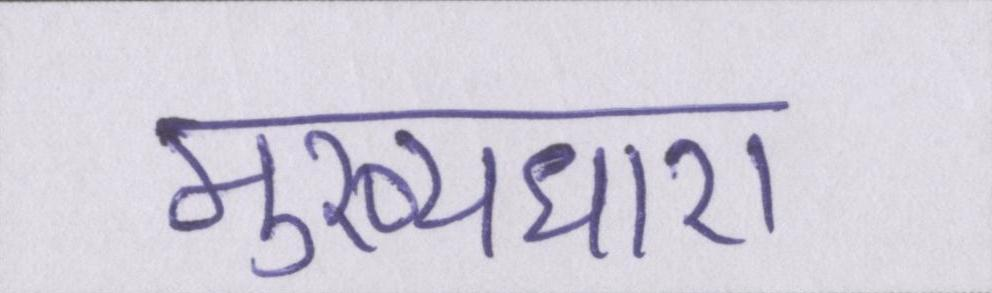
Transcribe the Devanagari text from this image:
मुख्यधारा